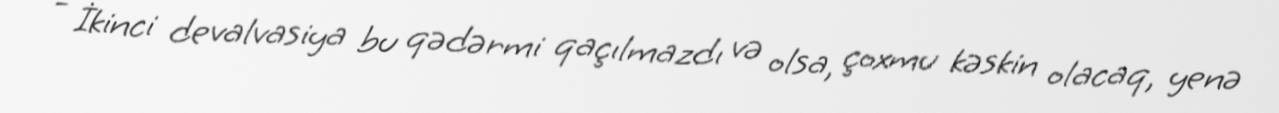
- İkinci devalvasiya bu qədərmi qaçılmazdı və olsa, çoxmu kəskin olacaq, yenə